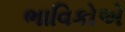
ભાવિકોએ